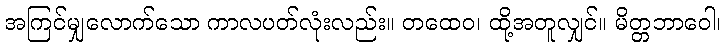
အကြင်မျှလောက်သော ကာလပတ်လုံးလည်း။ တထေဝ၊ ထို့အတူလျှင်။ မိတ္တဘာဝေါ၊